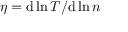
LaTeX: \eta = { \mathrm { d } } \ln T / { \mathrm { d } } \ln n